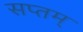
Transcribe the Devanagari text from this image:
सप्तम्‌